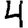
Digit: 4